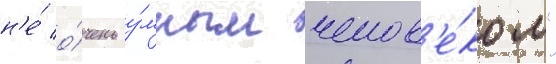
н'е́ о́чень у́мным челов'е́ком"